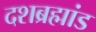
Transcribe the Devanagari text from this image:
दशब्रह्मांड